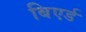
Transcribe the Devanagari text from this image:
बिएर्ड